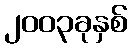
၂၀၀၃ခုနှစ်